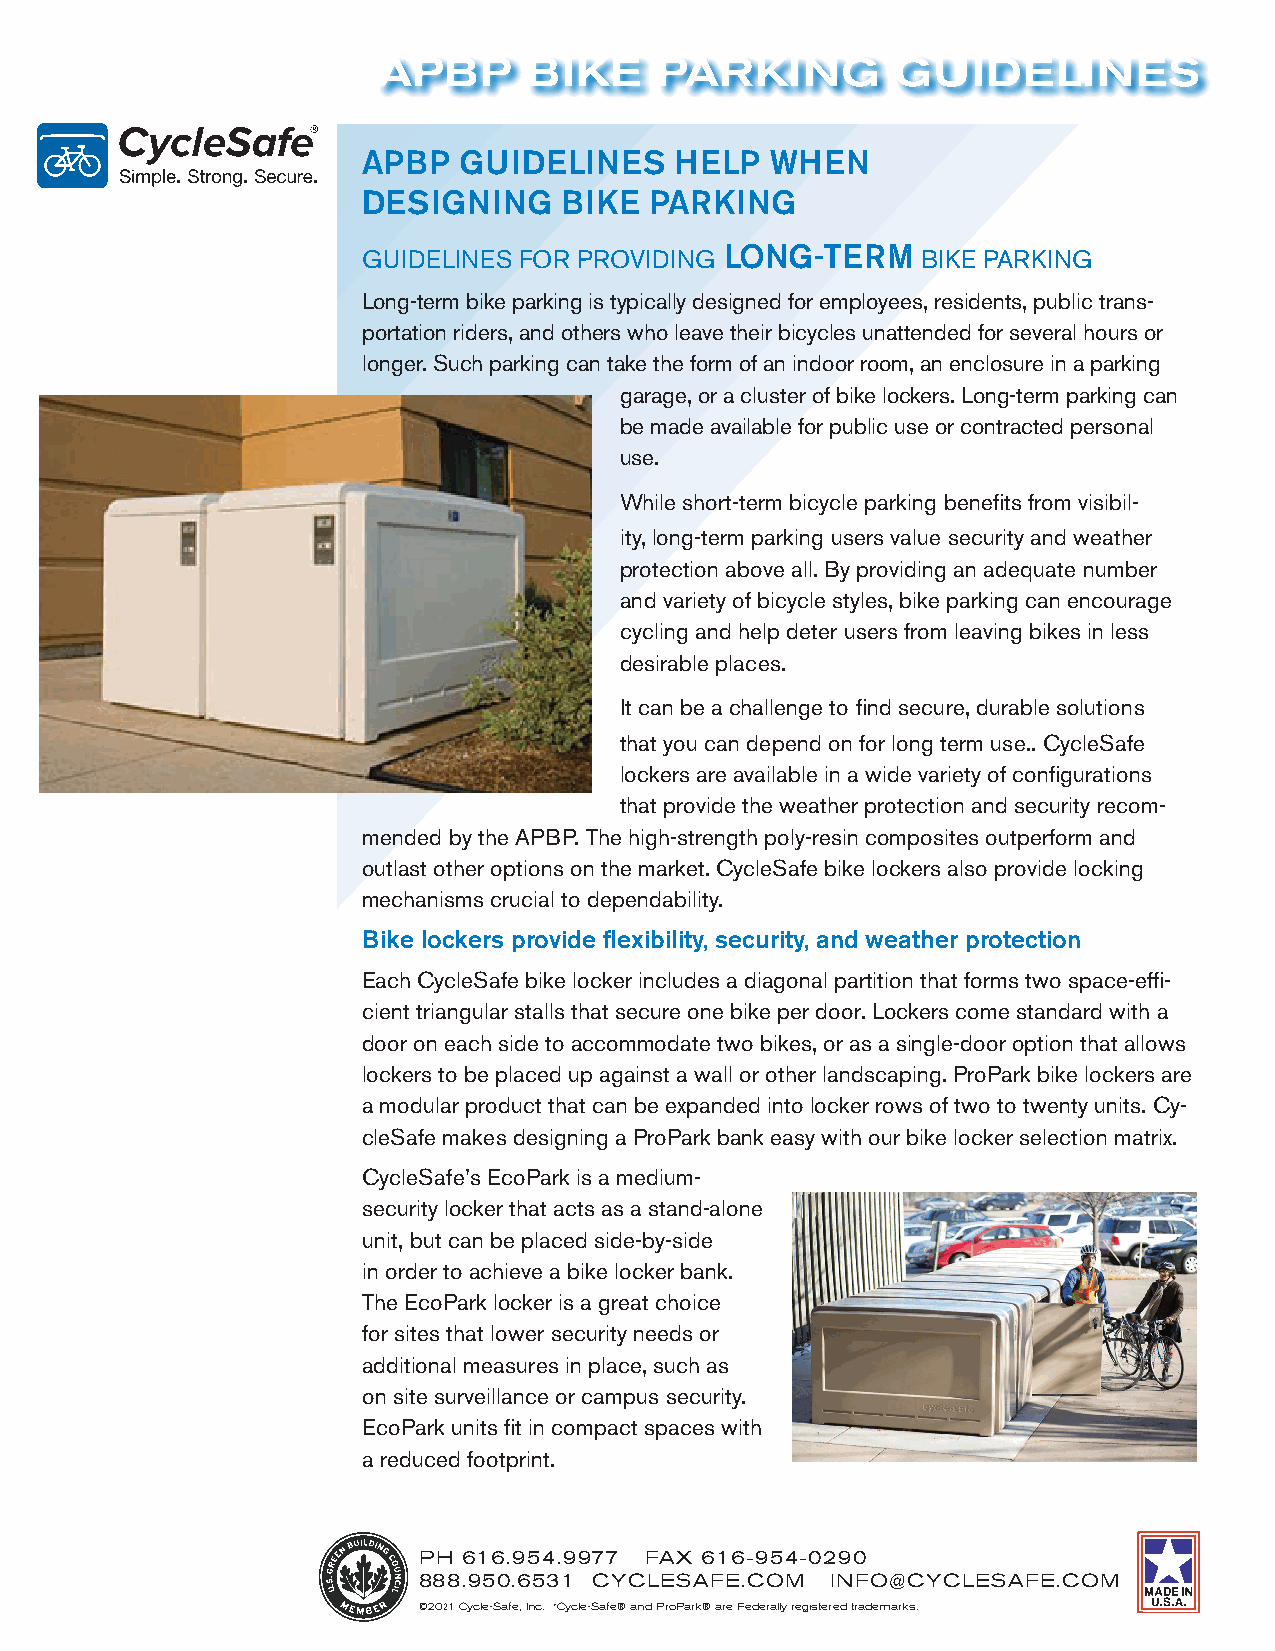
APBP  GUIDELINES     HELP  WHEN
 DESIGNING    BIKE  PARKING
 GUIDELINES FOR PROVIDING LONG-TERM   BIKE PARKING
 Long-term bike parking is typically designed for employees, residents, public trans-
 portation riders, and others who leave their bicycles unattended for several hours or
 longer. Such parking can take the form of an indoor room, an enclosure in a parking
 garage, or a cluster of bike lockers. Long-term parking can
 be made available for public use or contracted personal
 use.
 While short-term bicycle parking benefits from visibil-
 ity, long-term parking users value security and weather
 protection above all. By providing an adequate number
 and variety of bicycle styles, bike parking can encourage
 cycling and help deter users from leaving bikes in less
 desirable places.
 It can be a challenge to find secure, durable solutions
 that you can depend on for long term use.. CycleSafe
 lockers are available in a wide variety of configurations
 that provide the weather protection and security recom-
 mended by the APBP. The high-strength poly-resin composites outperform and
 outlast other options on the market. CycleSafe bike lockers also provide locking
 mechanisms crucial to dependability.
 Bike lockers provide flexibility, security, and weather protection
 Each CycleSafe bike locker includes a diagonal partition that forms two space-effi-
 cient triangular stalls that secure one bike per door. Lockers come standard with a
 door on each side to accommodate two bikes, or as a single-door option that allows
 lockers to be placed up against a wall or other landscaping. ProPark bike lockers are
 a modular product that can be expanded into locker rows of two to twenty units. Cy-
 cleSafe makes designing a ProPark bank easy with our bike locker selection matrix.
 CycleSafe’s EcoPark is a medium-
 security locker that acts as a stand-alone
 unit, but can be placed side-by-side
 in order to achieve a bike locker bank.
 The EcoPark locker is a great choice
 for sites that lower security needs or
 additional measures in place, such as
 on site surveillance or campus security.
 EcoPark units fit in compact spaces with
 a reduced footprint.
 PH 616.954.9977 FAX 616-954-0290
 888.950.6531 CYCLESAFE.COM INFO@CYCLESAFE.COM
 ©2021 Cycle-Safe, Inc. *Cycle-Safe® and ProPark® are Federally registered trademarks.